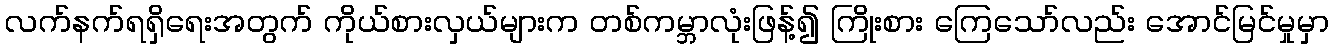
လက်နက်ရရှိရေးအတွက် ကိုယ်စားလှယ်များက တစ်ကမ္ဘာလုံးဖြန့်၍ ကြိုးစား ကြေသော်လည်း အောင်မြင်မှုမှာ